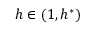
h \in ( 1 , h ^ { * } )